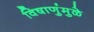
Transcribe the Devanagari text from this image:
विषाणुंमुळे